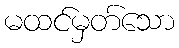
မထင်မှတ်သော